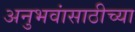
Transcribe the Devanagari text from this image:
अनुभवांसाठीच्या